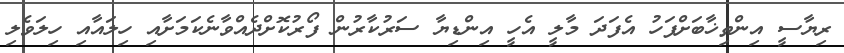
ރިޔާސީ އިންތިޚާބަށްފަހު އެފަދަ މާލީ އެހީ އިންޑިޔާ ސަރުކާރުން ފޯރުކޮށްދެއްވާނެކަމަށާއި ހިލައާއި ހިލަވެލި